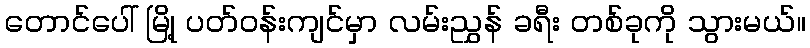
တောင်ပေါ် မြို့ ပတ်ဝန်းကျင်မှာ လမ်းညွှန် ခရီး တစ်ခုကို သွားမယ်။